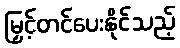
မြှင့်တင်ပေးနိုင်သည့်